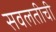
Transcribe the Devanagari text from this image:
सवलतीची